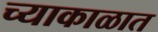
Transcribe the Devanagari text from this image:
च्याकाळात